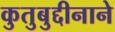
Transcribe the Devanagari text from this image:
कुतुबुद्दीनाने